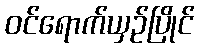
ဝင်ရောက်ယှဉ်ပြိုင်